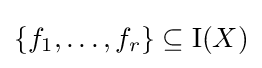
\{f_{1},\ldots ,f_{r}\}\subseteq \mathrm {I} (X)